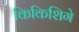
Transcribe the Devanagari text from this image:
किकिशिगे